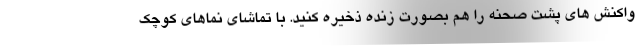
واکنش های پشت صحنه را هم بصورت زنده ذخیره کنید. با تماشای نماهای کوچک